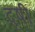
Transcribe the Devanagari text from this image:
दृषी